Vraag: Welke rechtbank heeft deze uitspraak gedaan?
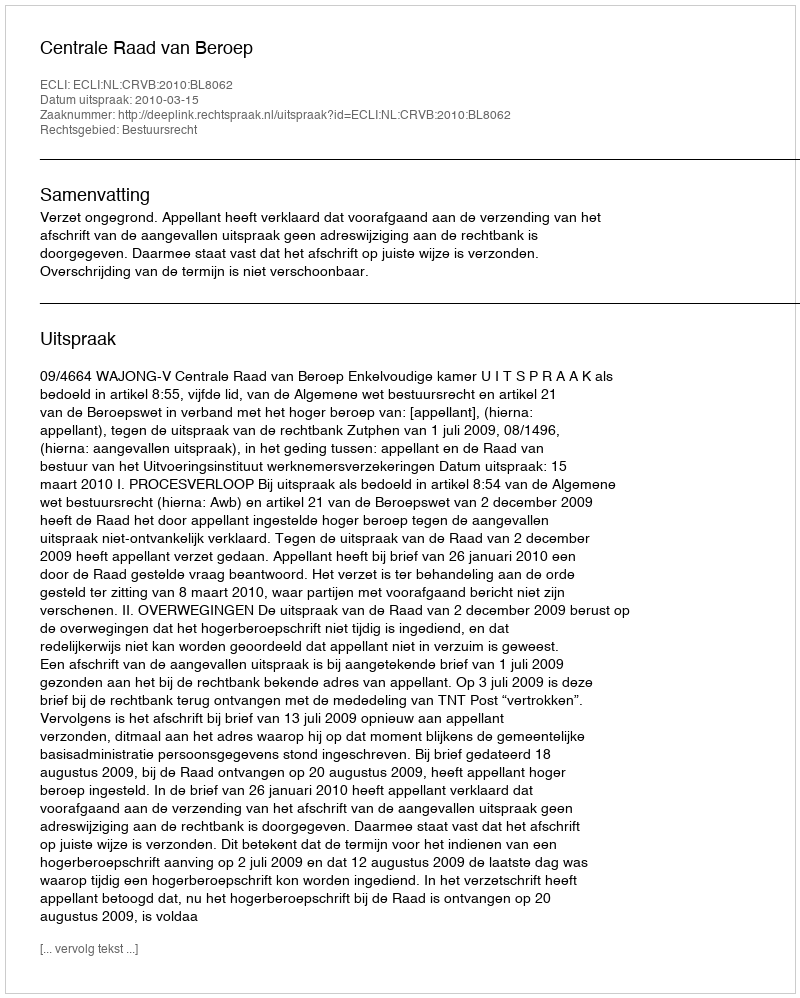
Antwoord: Centrale Raad van Beroep